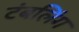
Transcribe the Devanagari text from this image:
टंबलिंग